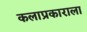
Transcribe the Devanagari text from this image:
कलाप्रकाराला